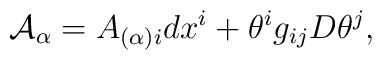
{\cal A}_{\alpha}=A_{(\alpha)i}dx^{i} + \theta^{i}g_{ij}D\theta^j ,